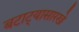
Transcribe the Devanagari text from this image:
बटाट्यासारखे